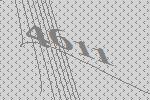
4611